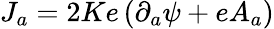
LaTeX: J_{a}=2Ke\, (\partial_{a}\psi+eA_{a})